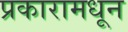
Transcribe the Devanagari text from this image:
प्रकारामधून